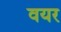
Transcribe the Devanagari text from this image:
वयर